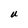
Character: U